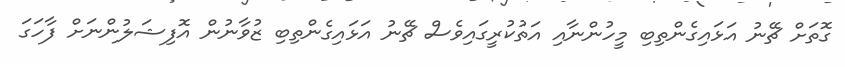
ގޮތަށް ޗޭނު އަޅައިގެންތިބި މީހުންނާއި އަތުކުރީގައިވެސް ޗޭނު އަޅައިގެންތިބި ޒުވާނުން އޮފިޝަލުންނަށް ފާހަގަ